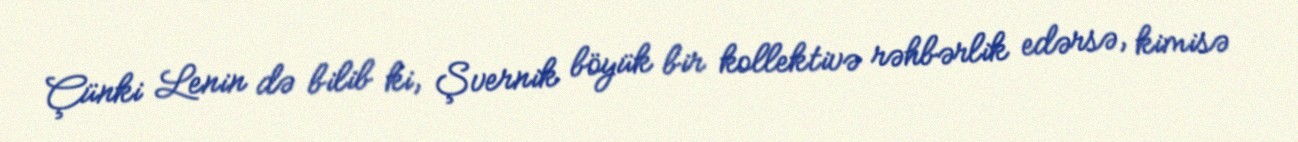
Çünki Lenin də bilib ki, Şvernik böyük bir kollektivə rəhbərlik edərsə, kimisə